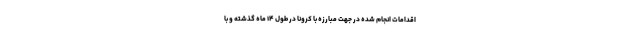
اقدامات انجام شده در جهت مبارزه با کرونا در طول ۱۴ ماه گذشته و با